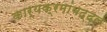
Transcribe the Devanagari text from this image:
कार्यक्रमांबद्दल